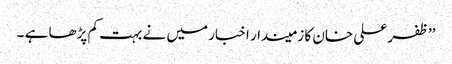
’’ظفر علی خان کا زمیندار اخبار میں نے بہت کم پڑھا ہے ۔